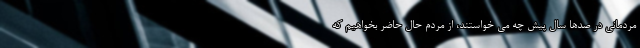
مردمانی در صدها سال پیش چه می خواستند، از مردم حال حاضر بخواهیم که